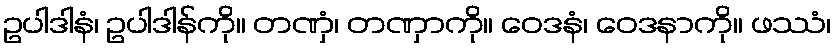
ဥပါဒါနံ၊ ဥပါဒါန်ကို။ တဏှံ၊ တဏှာကို။ ဝေဒနံ၊ ဝေဒနာကို။ ဖဿံ၊